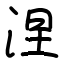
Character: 涅